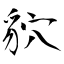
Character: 貁